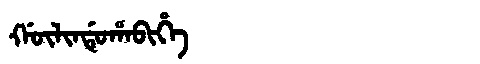
Manchu: ᡤᡡᠯᡳᠨᡩᡠᡥᠠᠪᡳᡥᡝ
Romanization: GŪLINDUHABIHE